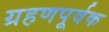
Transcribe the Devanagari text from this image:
ग्रहणपूर्वक